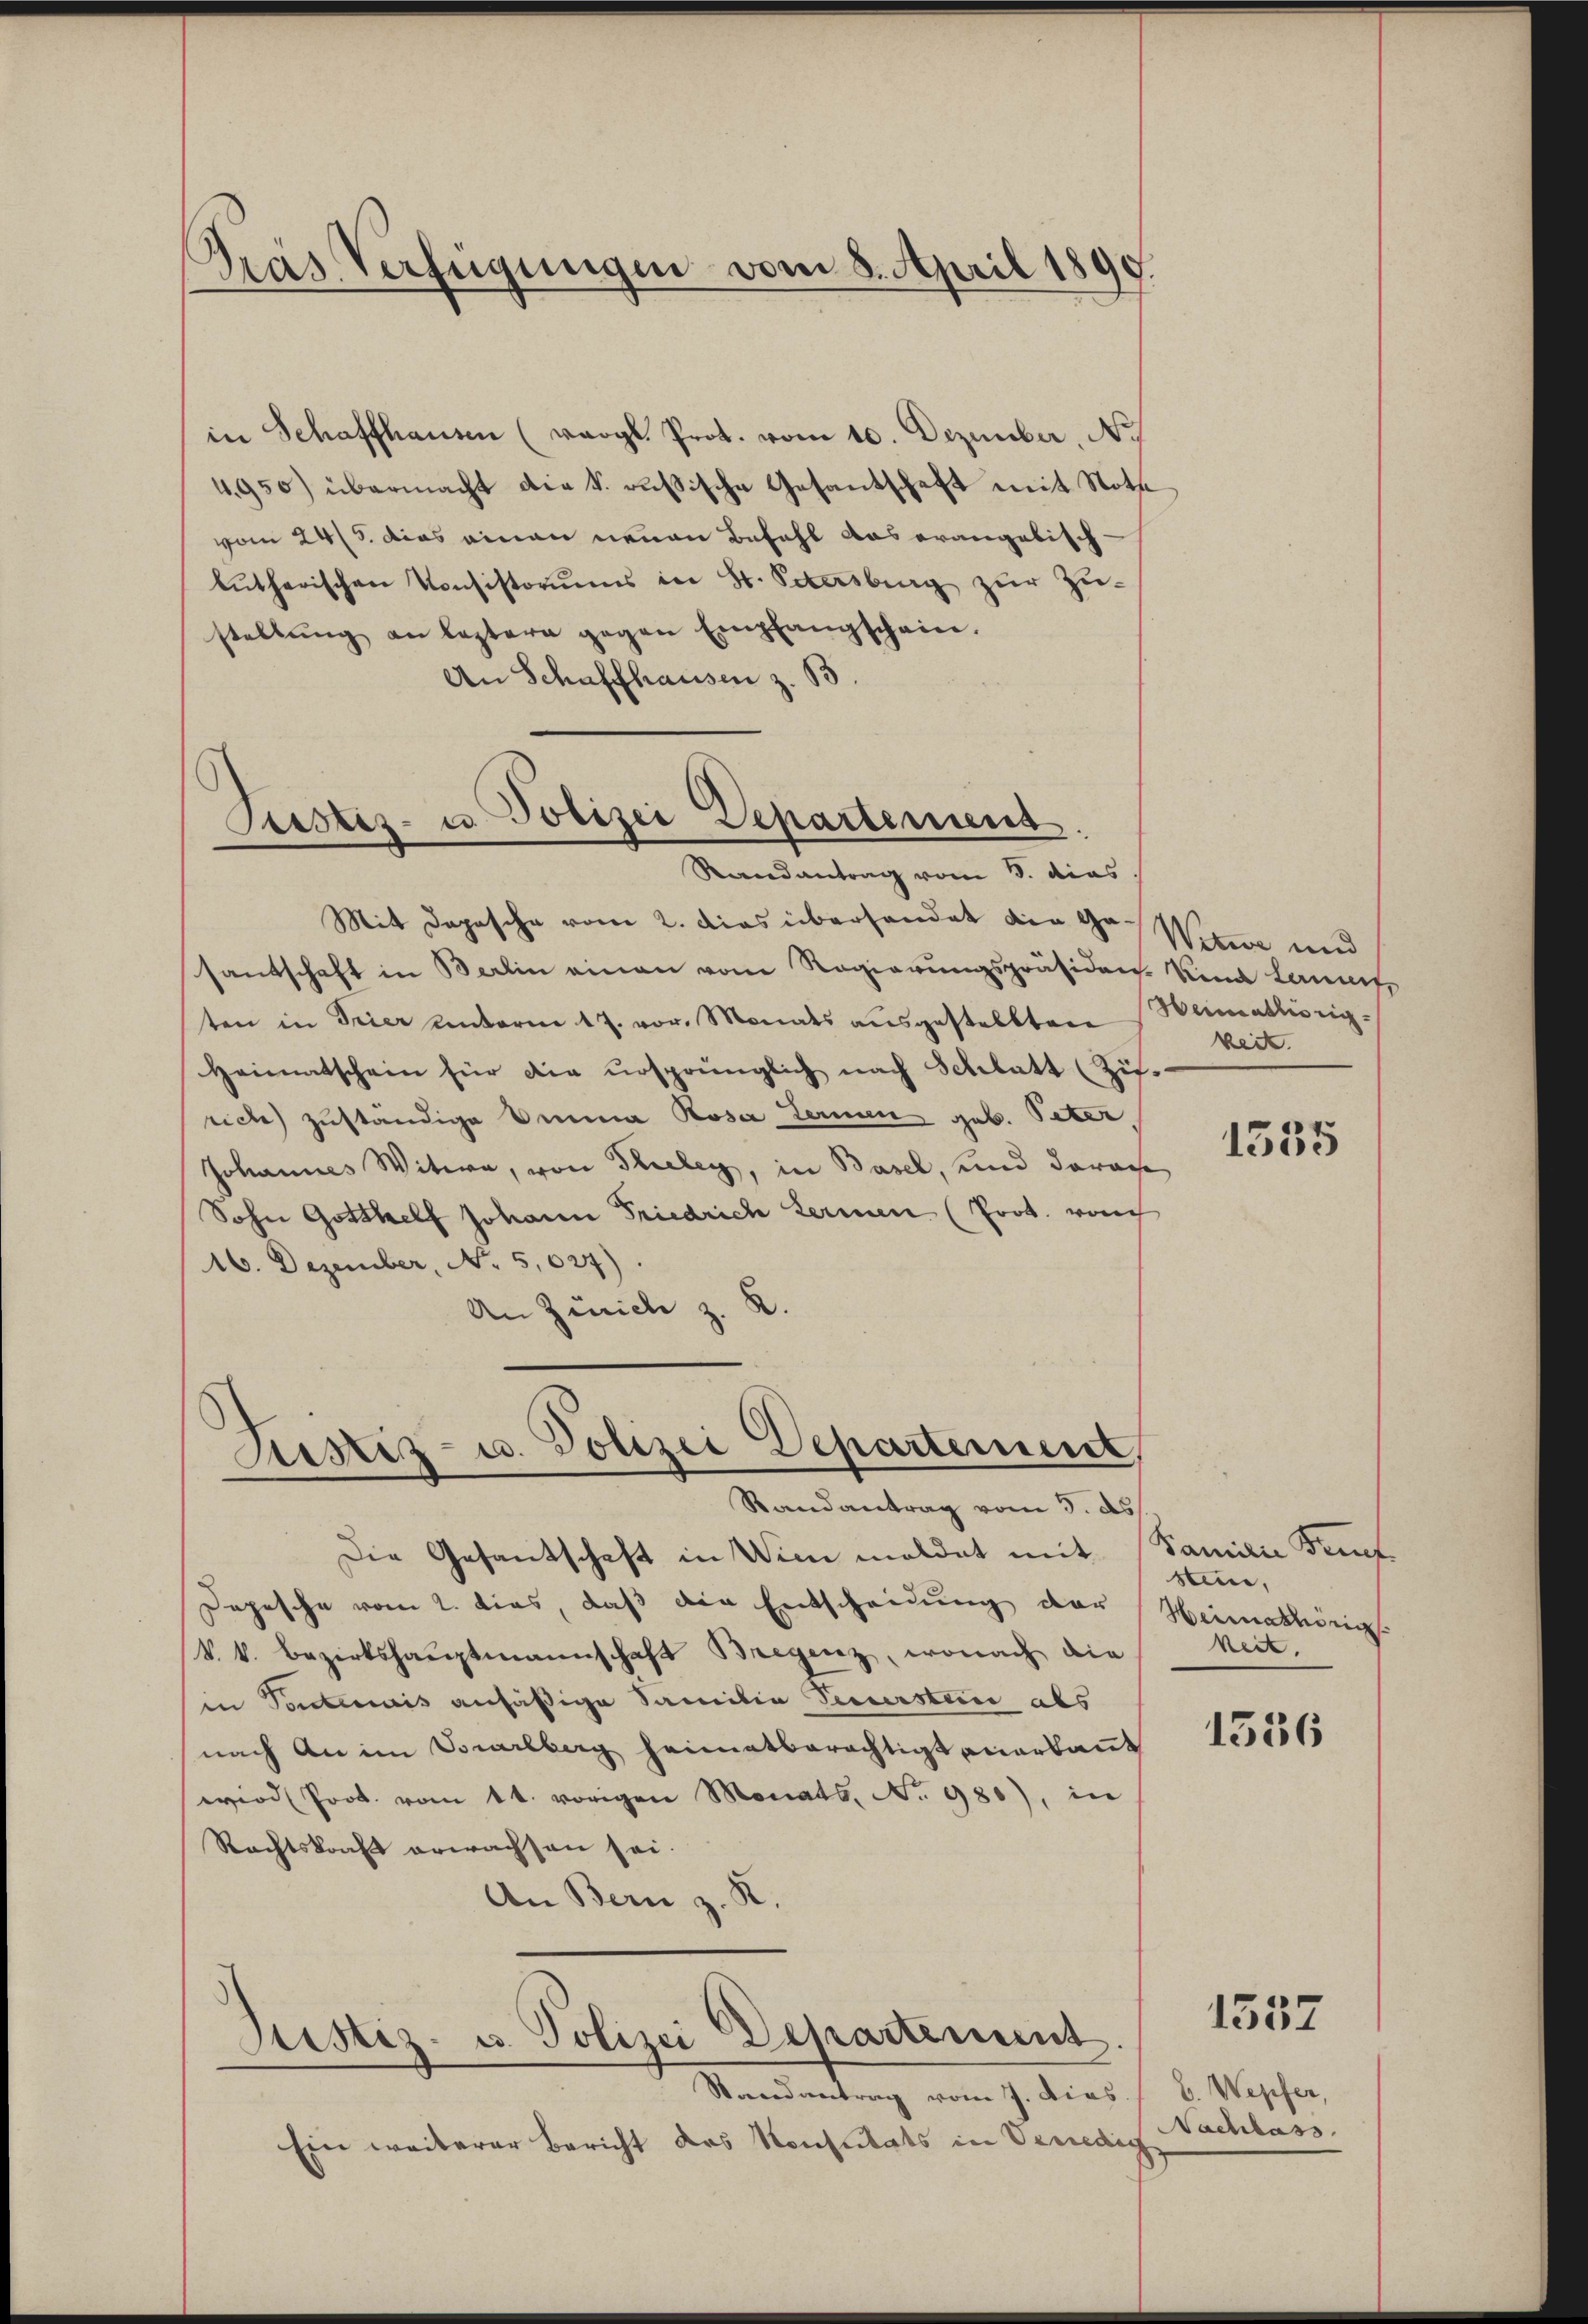
Gras Verfügungen vom 8. April 1890.

in Schaffhausen (vergl. Prot. vom 10. Dezember, No
4950) übermacht die k. russische Gesandschaft mit Noth
vom 243. Das einen neuen Befahl das erangebisch-
lŭtherischen Konsistoriums in St. Petersburg zŭr Zŭ-
stellŭng an leztere gegen Empfangschein.
An Schaffhausen z. B.

Pustiz- u Polizei Departemens
Randantrag vom 8. dies

Mit Depesche vom 2. Das überhandet die Gr. Witwe und
santschaft in Berlin einen vom Regierungspräsiden Kind Lannes
ten in Trier unterm 17. vor. Monats aŭsgestellten
Heimatschein für die ursprünglich nach Schlatt (Zif.
rich zuständige Anna Rosa termen geb. Peter,
Johannes Witwe, von Thieley, in Basel, und darau
Sohn Gotthelf Johann Friedrich Lermen (Prot. rauch
16. Dezember, No 5,027).
An Zürich z. R.

Justiz- u. Polizei Departement,
Randantrag vom 3. ds.

Justiz- u. Polizei Departement.

Randantrag vom 7. Dies / B. Wepfer,
Ein weiterer Bericht das Konstitats in Venedig

Die Gesantschaft in Wie meldet mit
Depesche vom 2. dies, daß die Entscheidung der
V. k. Bezirkshauptmannschaft Bregenz, wonach die
in Pontermais anfäßige Familie Pecurstein abs
nach an im Vorarlberg heimatberechtigt anerkaṅt
wird Prot. vom 1t. vorigen Monats, No. 980), in
Rechtskonft erwachsen sei.
An Bern z. R.

Heimathörigkeit.

1535

Kamin Bent
stein,
Heimathörig
keit.

1536

1537

Nachlass